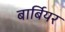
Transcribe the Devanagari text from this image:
बार्बियर